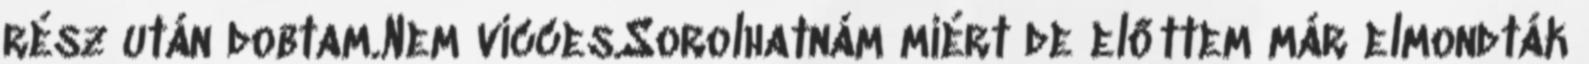
rész után dobtam.Nem vicces.Sorolhatnám miért de előttem már elmondták